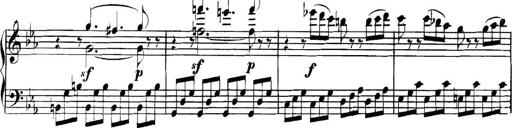
Title: Collected Piano Sonatas
Composer: Muzio Clementi